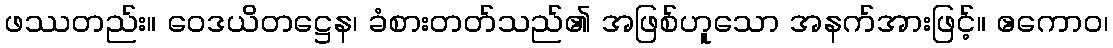
ဖဿတည်း။ ဝေဒယိတဋ္ဌေန၊ ခံစားတတ်သည်၏ အဖြစ်ဟူသော အနက်အားဖြင့်။ ဧကောဝ၊